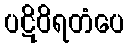
ပဋိဝိရတံပေ